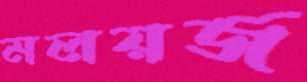
মলয়জ